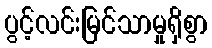
ပွင့်လင်းမြင်သာမှုရှိစွာ